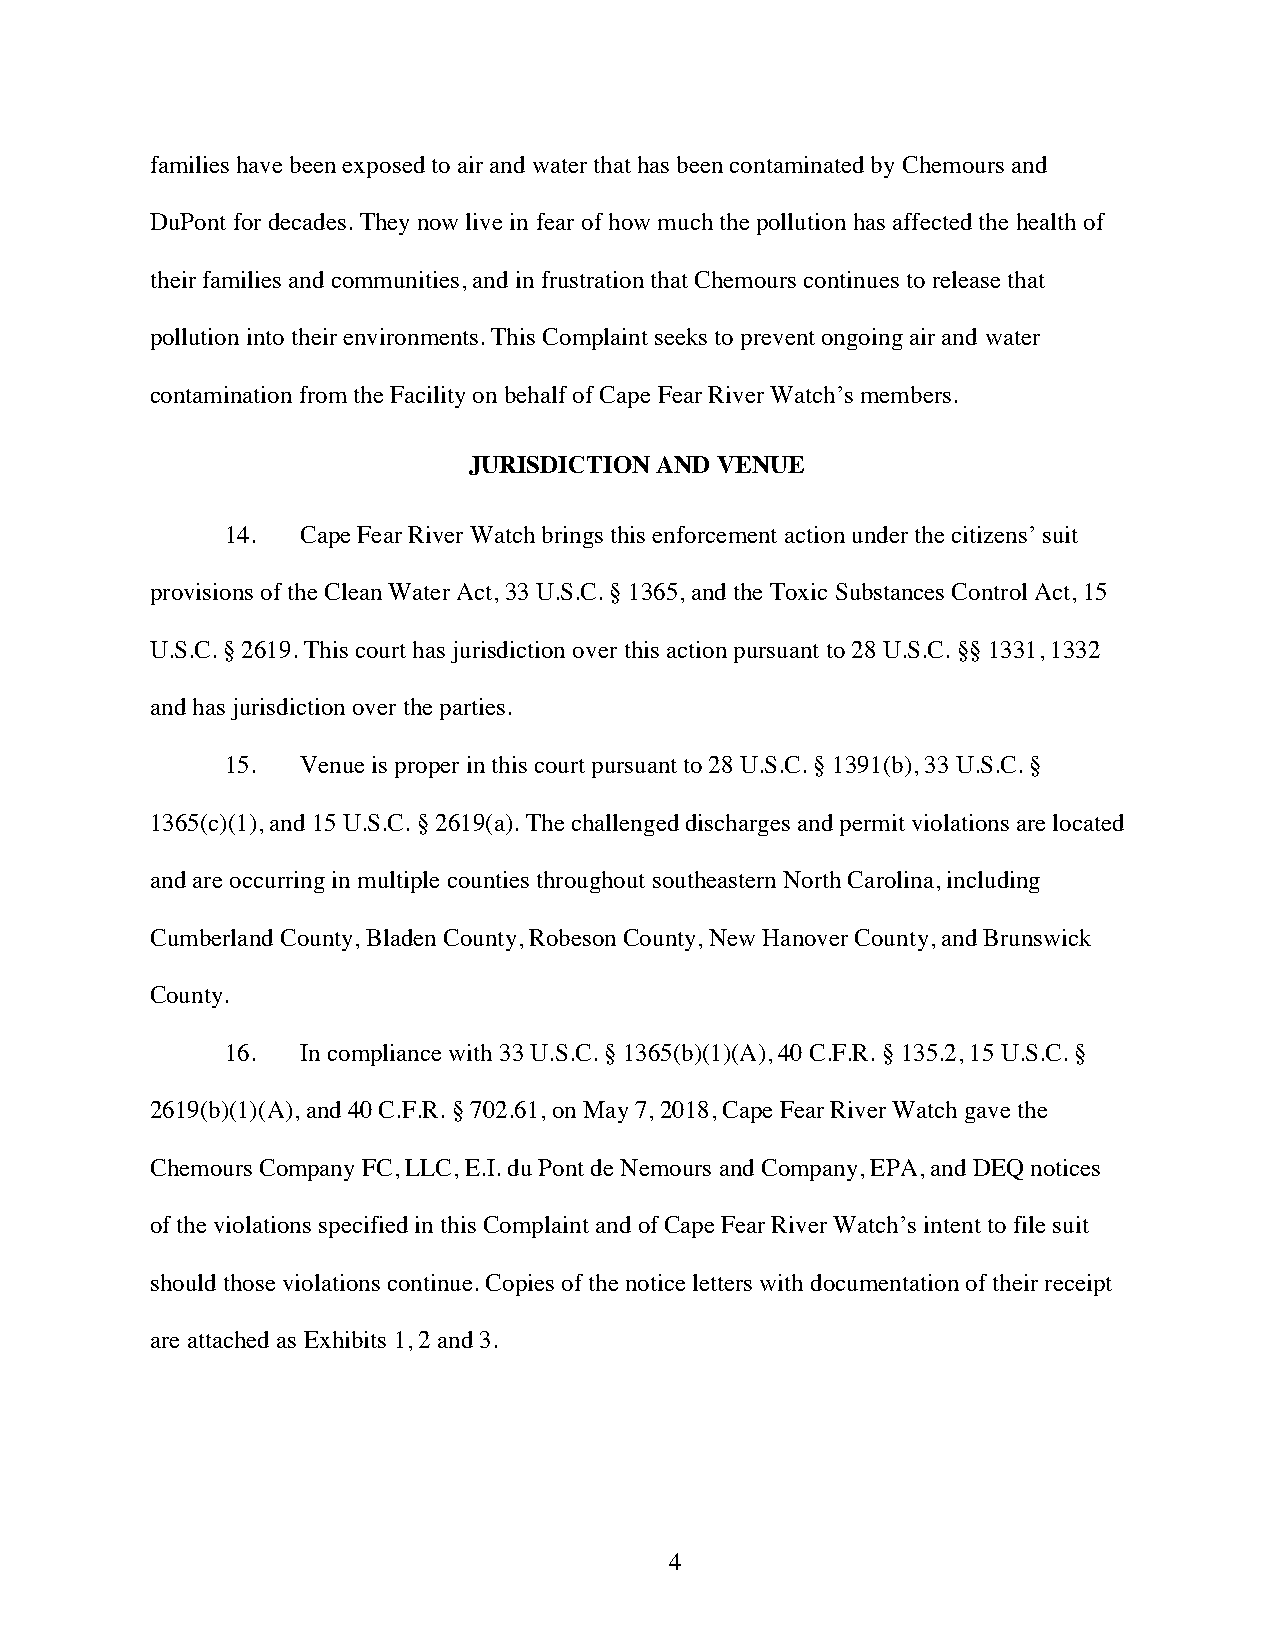
families have been exposed to air and water that has been contaminated by Chemours and
 DuPont for decades. They now live in fear of how much the pollution has affected the health of
 their families and communities, and in frustration that Chemours continues to release that
 pollution into their environments. This Complaint seeks to prevent ongoing air and water
 contamination from the Facility on behalf of Cape Fear River Watch’s members.
 JURISDICTION AND VENUE
 14.  Cape Fear River Watch brings this enforcement action under the citizens’ suit
 provisions of the Clean Water Act, 33 U.S.C. § 1365, and the Toxic Substances Control Act, 15
 U.S.C. § 2619. This court has jurisdiction over this action pursuant to 28 U.S.C. §§ 1331, 1332
 and has jurisdiction over the parties.
 15.  Venue is proper in this court pursuant to 28 U.S.C. § 1391(b), 33 U.S.C. §
 1365(c)(1), and 15 U.S.C. § 2619(a). The challenged discharges and permit violations are located
 and are occurring in multiple counties throughout southeastern North Carolina, including
 Cumberland County, Bladen County, Robeson County, New Hanover County, and Brunswick
 County.
 16.  In compliance with 33 U.S.C. § 1365(b)(1)(A), 40 C.F.R. § 135.2, 15 U.S.C. §
 2619(b)(1)(A), and 40 C.F.R. § 702.61, on May 7, 2018, Cape Fear River Watch gave the
 Chemours Company FC, LLC, E.I. du Pont de Nemours and Company, EPA, and DEQ notices
 of the violations specified in this Complaint and of Cape Fear River Watch’s intent to file suit
 should those violations continue. Copies of the notice letters with documentation of their receipt
 are attached as Exhibits 1, 2 and 3.
 4